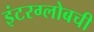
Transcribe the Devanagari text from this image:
इंटरग्लोबची